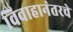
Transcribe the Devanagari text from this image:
विवाहानंतरचे